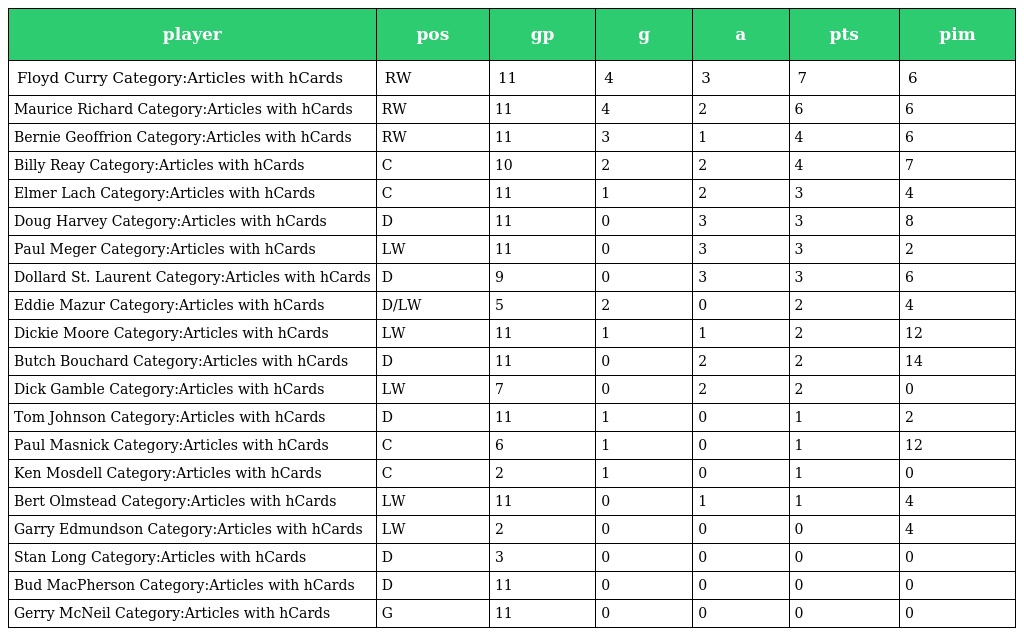
| player | pos | gp | g | a | pts | pim |
 | --- | --- | --- | --- | --- | --- | --- |
 | Floyd Curry Category:Articles with hCards | RW | 11 | 4 | 3 | 7 | 6 |
 | Maurice Richard Category:Articles with hCards | RW | 11 | 4 | 2 | 6 | 6 |
 | Bernie Geoffrion Category:Articles with hCards | RW | 11 | 3 | 1 | 4 | 6 |
 | Billy Reay Category:Articles with hCards | C | 10 | 2 | 2 | 4 | 7 |
 | Elmer Lach Category:Articles with hCards | C | 11 | 1 | 2 | 3 | 4 |
 | Doug Harvey Category:Articles with hCards | D | 11 | 0 | 3 | 3 | 8 |
 | Paul Meger Category:Articles with hCards | LW | 11 | 0 | 3 | 3 | 2 |
 | Dollard St. Laurent Category:Articles with hCards | D | 9 | 0 | 3 | 3 | 6 |
 | Eddie Mazur Category:Articles with hCards | D/LW | 5 | 2 | 0 | 2 | 4 |
 | Dickie Moore Category:Articles with hCards | LW | 11 | 1 | 1 | 2 | 12 |
 | Butch Bouchard Category:Articles with hCards | D | 11 | 0 | 2 | 2 | 14 |
 | Dick Gamble Category:Articles with hCards | LW | 7 | 0 | 2 | 2 | 0 |
 | Tom Johnson Category:Articles with hCards | D | 11 | 1 | 0 | 1 | 2 |
 | Paul Masnick Category:Articles with hCards | C | 6 | 1 | 0 | 1 | 12 |
 | Ken Mosdell Category:Articles with hCards | C | 2 | 1 | 0 | 1 | 0 |
 | Bert Olmstead Category:Articles with hCards | LW | 11 | 0 | 1 | 1 | 4 |
 | Garry Edmundson Category:Articles with hCards | LW | 2 | 0 | 0 | 0 | 4 |
 | Stan Long Category:Articles with hCards | D | 3 | 0 | 0 | 0 | 0 |
 | Bud MacPherson Category:Articles with hCards | D | 11 | 0 | 0 | 0 | 0 |
 | Gerry McNeil Category:Articles with hCards | G | 11 | 0 | 0 | 0 | 0 |